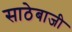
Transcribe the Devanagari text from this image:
साठेबाजी